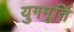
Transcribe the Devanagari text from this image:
युगमूर्ति